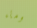
وماء